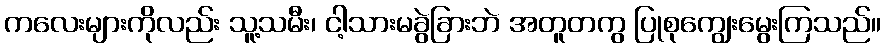
ကလေးများကိုလည်း သူ့သမီး၊ ငါ့သားမခွဲခြားဘဲ အတူတကွ ပြုစုကျွေးမွေးကြသည်။